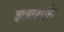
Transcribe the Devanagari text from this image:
वाष्पराशि